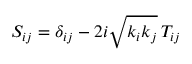
S _ { i j } = \delta _ { i j } - 2 i \sqrt { k _ { i } k _ { j } } \, T _ { i j }